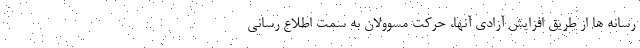
رسانه ها از طریق افزایش آزادی آنها، حرکت مسوولان به سمت اطلاع رسانی